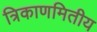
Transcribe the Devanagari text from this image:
त्रिकाणमितीय